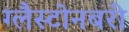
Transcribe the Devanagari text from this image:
ग्लैस्टोनबरी